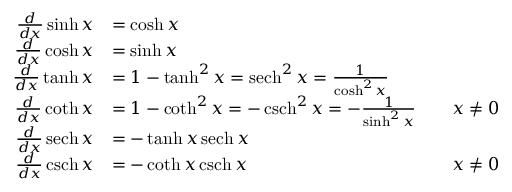
{ \begin{array} { r l r l } { { \frac { d } { d x } } \sinh x } & { = \cosh x } \\ { { \frac { d } { d x } } \cosh x } & { = \sinh x } \\ { { \frac { d } { d x } } \operatorname { t a n h } x } & { = 1 - \operatorname { t a n h } ^ { 2 } x = \operatorname { s e c h } ^ { 2 } x = { \frac { 1 } { \cosh ^ { 2 } x } } } \\ { { \frac { d } { d x } } \coth x } & { = 1 - \coth ^ { 2 } x = - \operatorname { c s c h } ^ { 2 } x = - { \frac { 1 } { \sinh ^ { 2 } x } } } & & { x \neq 0 } \\ { { \frac { d } { d x } } \operatorname { s e c h } x } & { = - \operatorname { t a n h } x \operatorname { s e c h } x } \\ { { \frac { d } { d x } } \operatorname { c s c h } x } & { = - \coth x \operatorname { c s c h } x } & & { x \neq 0 } \end{array} }